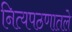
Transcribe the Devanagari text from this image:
नित्यपठणातले